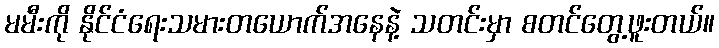
မမီးကို နိုင်ငံရေးသမားတယောက်အနေနဲ့ သတင်းမှာ စတင်တွေ့ဖူးတယ်။